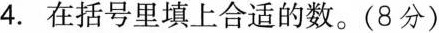
4.在括号里填上合适的数。(8分)